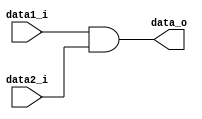
module AND (data1_i, data2_i, data_o);

input data1_i;
input data2_i;
output data_o;

assign data_o = data1_i & data2_i;

endmodule